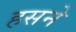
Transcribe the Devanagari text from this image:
हसने